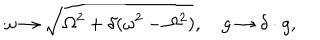
LaTeX: \omega \rightarrow \sqrt { \Omega ^ { 2 } + \delta ( \omega ^ { 2 } - \Omega ^ { 2 } ) } , \quad g \rightarrow \delta \cdot g ,